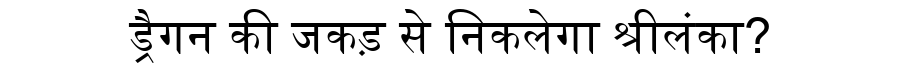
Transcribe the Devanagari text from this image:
ड्रैगन की जकड़ से निकलेगा श्रीलंका?